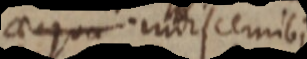
aequa indiscernibi